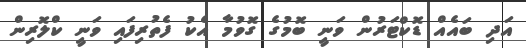
އަދި ބައެއް ޑޮކްޓަރުން ވަނީ ބޮމުގެ ގޮވުމާ އެކު ފެތުރިފައި ވަނީ ކްލޮރިން